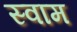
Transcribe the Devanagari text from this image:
स्वाम